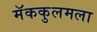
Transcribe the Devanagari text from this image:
मॅककुलमला